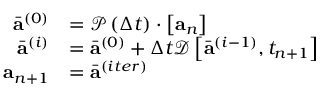
\begin{array} { r } { \begin{array} { r l } { \bar { \mathbf { a } } ^ { ( 0 ) } } & { = \mathcal { P } \left( \Delta t \right) \cdot \left[ \mathbf { a } _ { n } \right] } \\ { \bar { \mathbf { a } } ^ { ( i ) } } & { = \bar { \mathbf { a } } ^ { ( 0 ) } + \Delta t \mathcal { D } \left[ \bar { \mathbf { a } } ^ { ( i - 1 ) } , t _ { n + 1 } \right] } \\ { \mathbf { a } _ { n + 1 } } & { = \bar { \mathbf { a } } ^ { ( i t e r ) } } \end{array} } \end{array}